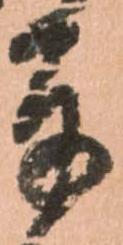
奉